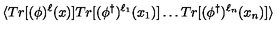
\langle T r [ ( \phi ) ^ { \ell } ( x ) ] T r [ ( \phi ^ { \dagger } ) ^ { \ell _ { 1 } } ( x _ { 1 } ) ] \ldots T r [ ( \phi ^ { \dagger } ) ^ { \ell _ { n } } ( x _ { n } ) ] \rangle